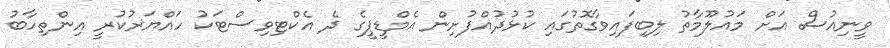
ވީނިއުސް އަށް މައުލޫމާތު ލިބިފައިވާގޮތުގައި ކުޅުދުއްފުށިން އެމްޑީޕީގެ ދެ އެކްޓިވިސްޓަކު ހައްޔަރުކުރީ އިންތިހާބު